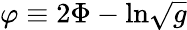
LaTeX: \varphi\equiv 2\Phi-\mathrm{ln}\sqrt{g}